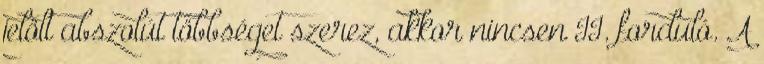
jelölt abszolút többséget szerez, akkor nincsen II. forduló. A